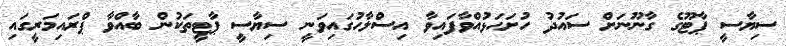
ސިޔާސީ ޕާޓޫގެ ގާނޫނަށް ސައުދު ހުށަހަޅުއްވާފައިވާ އިސްލާހުގައިވަނީ ސިޔާސީ ޕާޓީތަކުން ބާއްވާ ޕްރައިމަރީގައި